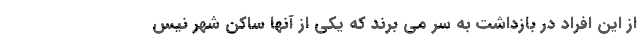
از این افراد در بازداشت به سر می برند که یکی از آنها ساکن شهر نیس